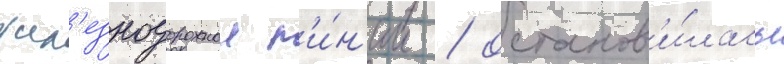
жел'езнодорожнои л'и́н'ии / останов'и́лась